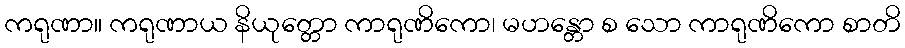
ကရုဏာ။ ကရုဏာယ နိယုတ္တော ကာရုဏိကော၊ မဟန္တော စ သော ကာရုဏိကော စာတိ